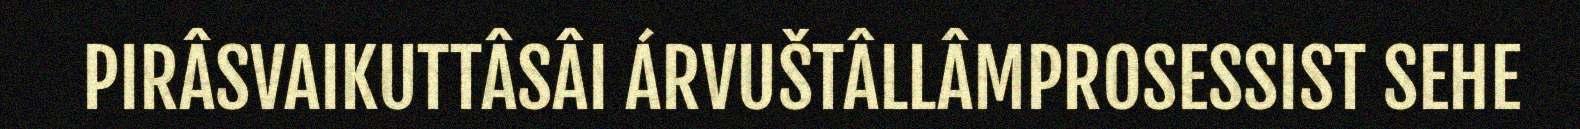
PIRÂSVAIKUTTÂSÂI ÁRVUŠTÂLLÂMPROSESSIST SEHE